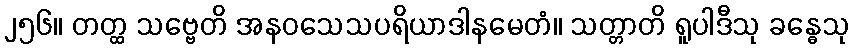
၂၅၆။ တတ္ထ သဗ္ဗေတိ အနဝသေသပရိယာဒါနမေတံ။ သတ္တာတိ ရူပါဒီသု ခန္ဓေသု